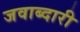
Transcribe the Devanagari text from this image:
जवाब्दारी